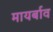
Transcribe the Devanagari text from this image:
मायर्बाव